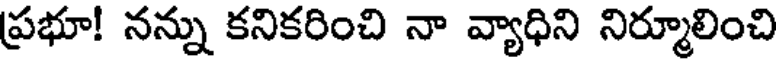
ప్రభూ! నన్ను కనికరించి నా వ్యాధిని నిర్మూలించి